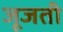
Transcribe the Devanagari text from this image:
जूजती